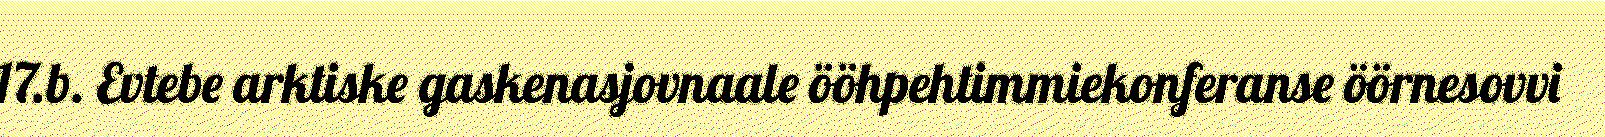
17.b. Evtebe arktiske gaskenasjovnaale ööhpehtimmiekonferanse öörnesovvi